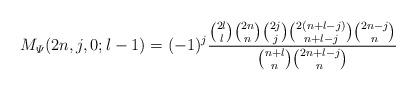
LaTeX: \begin{align*}M_{\varPsi}(2n,j,0;l-1)=(-1)^j\frac{\binom{2l}{l}\binom{2n}{n}\binom{2j}{j}\binom{2(n+l-j)}{n+l-j}\binom{2n-j}{n}}{\binom{n+l}{n}\binom{2n+l-j}{n}}\end{align*}